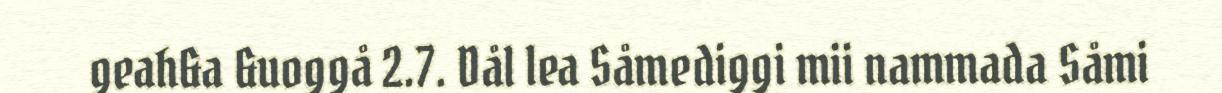
geah&a &uoggå 2.7. Dål lea Såmediggi mii nammada Såmi